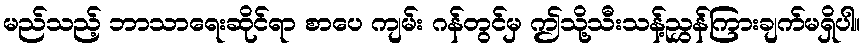
မည်သည့် ဘာသာရေးဆိုင်ရာ စာပေ ကျမ်း ဂန်တွင်မှ ဤသို့သီးသန့်ညွှန်ကြားချက်မရှိပါ။